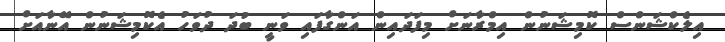
އިލެކްޝަންސް ކޮމިޝަނުން އިމްރާނަށް މިފަދައިން އަންގާފައި ވަނީ ބުދަ ދުވަހު އެކޮމިޝަނުން އޭނާއަށް